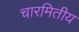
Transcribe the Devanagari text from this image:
चारमितीय